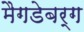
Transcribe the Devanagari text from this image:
मैगडेबर्ग